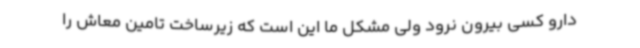
دارو کسی بیرون نرود ولی مشکل ما این است که زیرساخت تامین معاش را